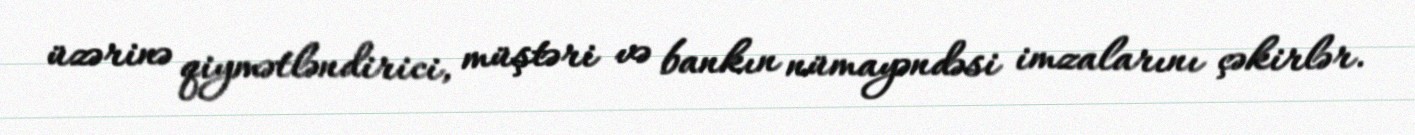
üzərinə qiymətləndirici, müştəri və bankın nümayəndəsi imzalarını çəkirlər.